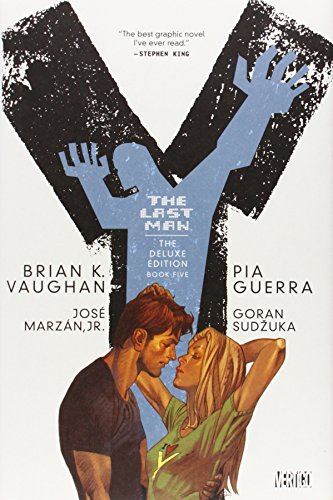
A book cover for Y: The Last Man, Book 5, Deluxe Edition; Brian K. Vaughan; Comics & Graphic Novels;